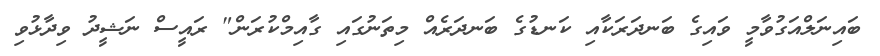
ބައިނަލްއަގުވާމީ ވައިގެ ބަނދަރަކާއި ކަނޑުގެ ބަނދަރެއް މިތަނުގައި ގާއިމްކުރަން" ރައީސް ނަޝީދު ވިދާޅުވި